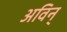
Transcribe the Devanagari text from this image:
अविन्